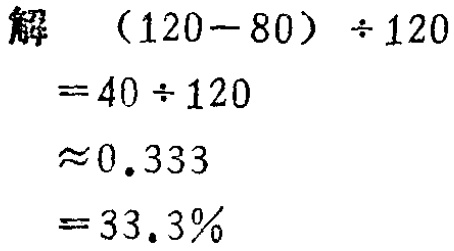
解

\begin{align*}

&(120 - 80) \div 120\\

=&40 \div 120\\

\approx&0.333\\

=&33.3\%

\end{align*}